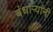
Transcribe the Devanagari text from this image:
बंधाऱ्यांनी